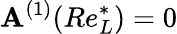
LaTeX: \mathbf{A}^{(1)}(Re_{L}^{*})=0